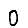
Digit: 0